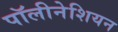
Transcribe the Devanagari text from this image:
पॉलीनेशियन